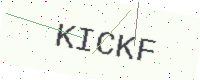
Text: KICKF